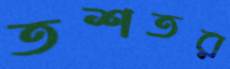
তশতর